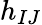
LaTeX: h_{IJ}